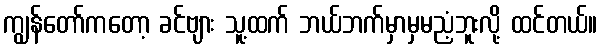
ကျွန်တော်ကတော့ ခင်ဗျား သူ့ထက် ဘယ်ဘက်မှာမှမညံ့ဘူးလို့ ထင်တယ်။